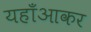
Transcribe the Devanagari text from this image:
यहाँआकर